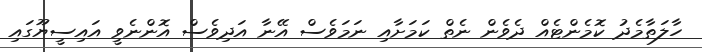
ހާލަތާމެދު ކޮމެންޓެއް ދެވެން ނެތް ކަމަށާއި ނަމަވެސް އޭނާ އަދިވެސް އޮންނެވީ އައިސީޔޫގައި